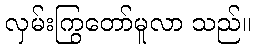
လှမ်းကြွတော်မူလာ သည်။